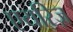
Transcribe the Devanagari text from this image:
एयरिज़